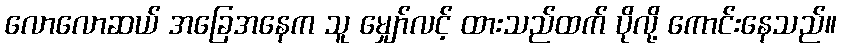
လောလောဆယ် အခြေအနေက သူ မျှော်လင့် ထားသည်ထက် ပိုလို့ ကောင်းနေသည်။